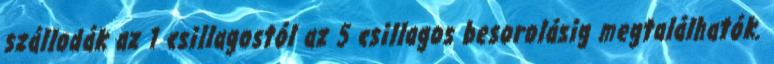
szállodák az 1 csillagostól az 5 csillagos besorolásig megtalálhatók.